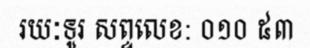
រយៈទូរ សព្ទលេខ: ០១០ ៥៣